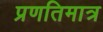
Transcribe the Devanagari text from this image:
प्रणतिमात्र